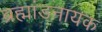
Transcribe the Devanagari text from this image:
ब्रह्मांडनायक